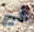
غير